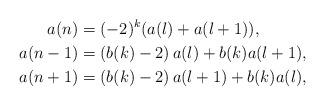
LaTeX: \begin{align*} a(n) &= (-2)^k (a(l) + a(l+1)), \\ a(n-1) &= \left(b(k)-2 \right)a(l) + b(k) a(l+1), \\ a(n+1) &= \left(b(k)-2 \right)a(l+1) + b(k)a(l), \end{align*}